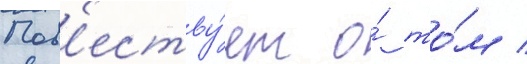
Пов'еству́ет о́ то́м /